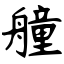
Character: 艟